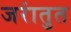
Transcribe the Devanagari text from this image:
जरांतुत